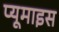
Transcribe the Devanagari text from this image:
प्यूमाइस